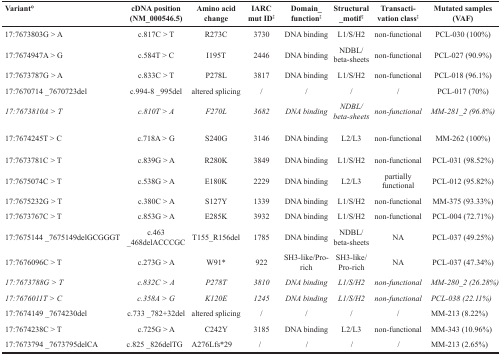
<table><thead><tr><td><b>Variant<sup>°</sup></b></td><td><b>cDNA position (NM_000546.5)</b></td><td><b>Amino acid change</b></td><td><b>IARC mut ID<sup>‡</sup></b></td><td><b>Domain_function<sup>‡</sup></b></td><td><b>Structural _motif<sup>‡</sup></b></td><td><b>Transactivation class<sup>‡</sup></b></td><td><b>Mutated samples (VAF)</b></td></tr></thead><tbody><tr><td>17:7673803G &gt; A</td><td>c.817C &gt; T</td><td>R273C</td><td>3730</td><td>DNA binding</td><td>L1/S/H2</td><td>non-functional</td><td>PCL-030 (100%)</td></tr><tr><td>17:7674947A &gt; G</td><td>c.584T &gt; C</td><td>I195T</td><td>2446</td><td>DNA binding</td><td>NDBL/beta-sheets</td><td>non-functional</td><td>PCL-027 (90.9%)</td></tr><tr><td>17:7673787G &gt; A</td><td>c.833C &gt; T</td><td>P278L</td><td>3817</td><td>DNA binding</td><td>L1/S/H2</td><td>non-functional</td><td>PCL-018 (96.1%)</td></tr><tr><td>17:7670714 _7670723del</td><td>c.994-8 _995del</td><td>altered splicing</td><td>/</td><td>/</td><td>/</td><td>/</td><td>PCL-017 (70%)</td></tr><tr><td><i>17:7673810A &gt; T</i></td><td><i>c.810T &gt; A</i></td><td><i>F270L</i></td><td><i>3682</i></td><td><i>DNA binding</i></td><td><i>NDBL/beta-sheets</i></td><td><i>non-functional</i></td><td><i>MM-281_2 (96.8%)</i></td></tr><tr><td>17:7674245T &gt; C</td><td>c.718A &gt; G</td><td>S240G</td><td>3146</td><td>DNA binding</td><td>L2/L3</td><td>non-functional</td><td>MM-262 (100%)</td></tr><tr><td>17:7673781C &gt; T</td><td>c.839G &gt; A</td><td>R280K</td><td>3849</td><td>DNA binding</td><td>L1/S/H2</td><td>non-functional</td><td>PCL-031 (98.52%)</td></tr><tr><td>17:7675074C &gt; T</td><td>c.538G &gt; A</td><td>E180K</td><td>2229</td><td>DNA binding</td><td>L2/L3</td><td>partially functional</td><td>PCL-012 (95.82%)</td></tr><tr><td>17:7675232G &gt; T</td><td>c.380C &gt; A</td><td>S127Y</td><td>1339</td><td>DNA binding</td><td>L1/S/H2</td><td>non-functional</td><td>MM-375 (93.33%)</td></tr><tr><td>17:7673767C &gt; T</td><td>c.853G &gt; A</td><td>E285K</td><td>3932</td><td>DNA binding</td><td>L1/S/H2</td><td>non-functional</td><td>PCL-004 (72.71%)</td></tr><tr><td>17:7675144 _7675149delGCGGGT</td><td>c.463 _468delACCCGC</td><td>T155_R156del</td><td>1785</td><td>DNA binding</td><td>NDBL/beta-sheets</td><td>NA</td><td>PCL-037 (49.25%)</td></tr><tr><td>17:7676096C &gt; T</td><td>c.273G &gt; A</td><td>W91*</td><td>922</td><td>SH3-like/Pro-rich</td><td>SH3-like/Pro-rich</td><td>NA</td><td>PCL-037 (47.34%)</td></tr><tr><td><i>17:7673788G &gt; T</i></td><td><i>c.832C &gt; A</i></td><td><i>P278T</i></td><td><i>3810</i></td><td><i>DNA binding</i></td><td><i>L1/S/H2</i></td><td><i>non-functional</i></td><td><i>MM-280_2 (26.28%)</i></td></tr><tr><td><i>17:7676011T &gt; C</i></td><td><i>c.358A &gt; G</i></td><td><i>K120E</i></td><td><i>1245</i></td><td><i>DNA binding</i></td><td><i>L1/S/H2</i></td><td><i>non-functional</i></td><td><i>PCL-038 (22.11%)</i></td></tr><tr><td>17:7674149 _7674230del</td><td>c.733 _782+32del</td><td>altered splicing</td><td>/</td><td>/</td><td>/</td><td>/</td><td>MM-213 (8.22%)</td></tr><tr><td>17:7674238C &gt; T</td><td>c.725G &gt; A</td><td>C242Y</td><td>3185</td><td>DNA binding</td><td>L2/L3</td><td>non-functional</td><td>MM-343 (10.96%)</td></tr><tr><td>17:7673794 _7673795delCA</td><td>c.825 _826delTG</td><td>A276Lfs*29</td><td>/</td><td>/</td><td>/</td><td>/</td><td>MM-213 (2.65%)</td></tr></tbody></table>